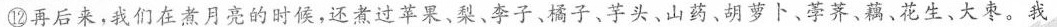
⑫再后来，我们在煮月亮的时候，还煮过苹果、梨。李子、橘子、芋头、山药、胡萝卜﹑荸荠、藕、花生、大枣。我